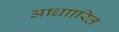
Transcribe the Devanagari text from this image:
आधाारित